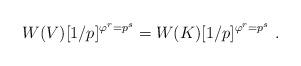
LaTeX: \begin{align*}W(V)[1/p]^{\varphi^r = p^s} = W(K)[1/p]^{\varphi^r = p^s}\ .\end{align*}